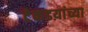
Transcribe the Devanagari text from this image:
टेकडय़ांच्या